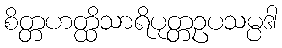
စိတ္တဟတ္ထိသာရိပုတ္တဥပသမ္ပဒါ